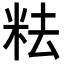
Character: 𥹓